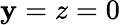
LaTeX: \mathbf{y}=z=0